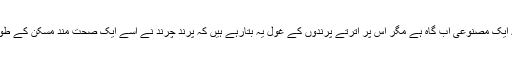
بقائے ماحول کی عالمی انجمن ’’آئی یو سی این‘‘ پاکستان کی ایک تازہ تحقیق کے مطابق گورانو ڈیم اگرچہ ایک مصنوعی آب گاہ ہے مگر اس پر اترتے پرندوں کے غول یہ بتارہے ہیں کہ پرند چرند نے اسے ایک صحت مند مسکن کے طور پر قبول کرلیا ہے اور یہ تھرپارکر کے خشک صحرا کے ماحولیاتی نظام میں بہتری کا ایک اشارہ ہے۔